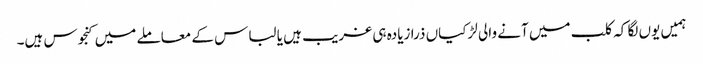
ہمیں یوں لگا کہ کلب میں آنے والی لڑکیاں ذرا زیادہ ہی غریب ہیں یا لباس کے معاملے میں کنجوس ہیں۔